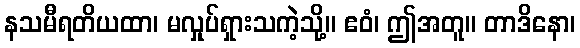
နသမီရတိယထာ၊ မလှုပ်ရှားသကဲ့သို့။ ဧဝံ၊ ဤအတူ။ တာဒိနော၊